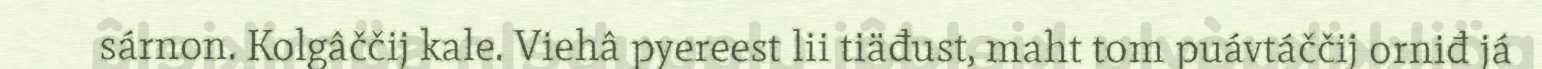
sárnon. Kolgâččij kale. Viehâ pyereest lii tiäđust, maht tom puávtáččij orniđ já